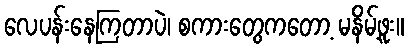
လေပန်းနေကြတာပဲ၊ စကားတွေကတော့ မနိမ့်ဖူး။